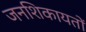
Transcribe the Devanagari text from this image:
जनशिकायतों